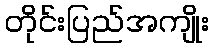
တိုင်းပြည်အကျိုး